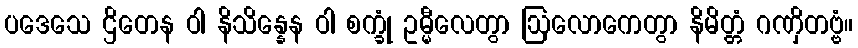
ပဒေသေ ဌိတေန ဝါ နိသိန္နေန ဝါ စက္ခုံ ဥမ္မီလေတွာ ဩလောကေတွာ နိမိတ္တံ ဂဏှိတဗ္ဗံ။